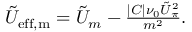
\begin{array} { r } { \Tilde { U } _ { \mathrm { { e f f } , m } } = \tilde { U } _ { m } - \frac { | C | \nu _ { 0 } \Tilde { U } _ { \pi } ^ { 2 } } { m ^ { 2 } } . } \end{array}